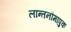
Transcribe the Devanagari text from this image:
लान्तनौमापुक